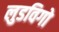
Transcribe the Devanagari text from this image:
लुडविगो